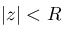
| z | < R